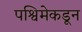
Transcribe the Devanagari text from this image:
पश्विमेकडून